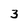
Character: 3